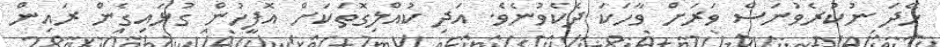
ހޭދަ ނުކުރެވުނަސް ވަރަށް ވާހަކަ ދެކެވުނެވެ. އަދި ކުއްލިގޮތަކަށް އޮފީހުން ގުޅައިގެން ރައިން